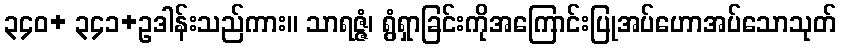
၃၄၀+ ၃၄၁+ဥဒါန်းသည်ကား။ သာရဇ္ဇံ၊ ရွံရှာခြင်းကိုအကြောင်းပြုအပ်ဟောအပ်သောသုတ်